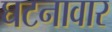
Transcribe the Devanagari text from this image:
घटनावार